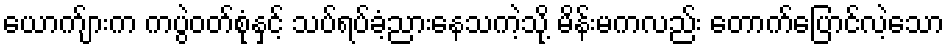
ယောက်ျားက ကပွဲဝတ်စုံနှင့် သပ်ရပ်ခံ့ညားနေသကဲ့သို့ မိန်းမကလည်း တောက်ပြောင်လဲ့သော